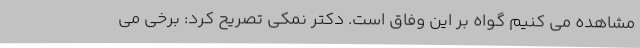
مشاهده می کنیم گواه بر این وفاق است. دکتر نمکی تصریح کرد: برخی می